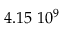
4 . 1 5 \; 1 0 ^ { 9 }